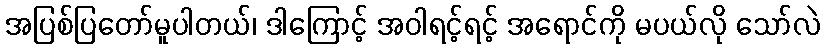
အပြစ်ပြတော်မူပါတယ်၊ ဒါကြောင့် အဝါရင့်ရင့် အရောင်ကို မပယ်လို သော်လဲ